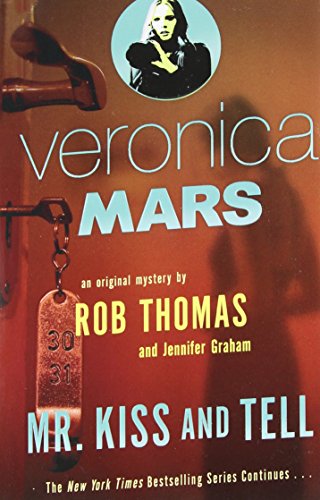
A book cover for Veronica Mars (2): An Original Mystery by Rob Thomas: Mr. Kiss and Tell; Rob Thomas; Mystery, Thriller & Suspense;